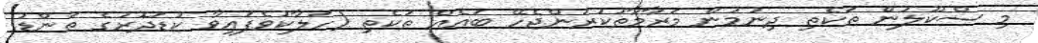
މި ސްކޫލުން ތަކެތި ދިނުމުން މަރާމާތުކުރަންޖެހޭ ބައެއް ތަކެތި (ހަލާކުވެފައިވާ ކުޑަދޮރުގެ ތަންޑު